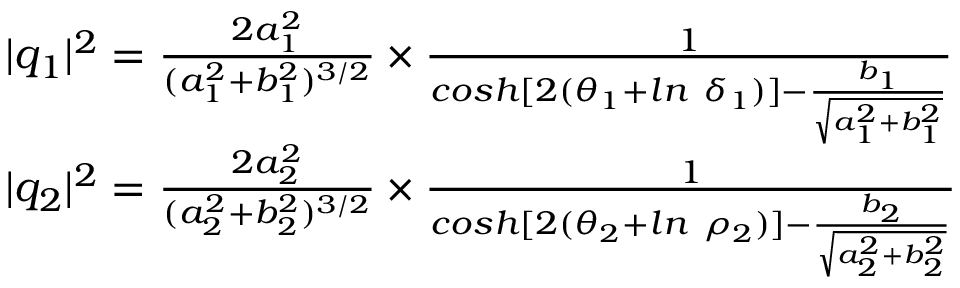
\begin{array} { r l } & { | q _ { 1 } | ^ { 2 } = \frac { 2 a _ { 1 } ^ { 2 } } { ( a _ { 1 } ^ { 2 } + b _ { 1 } ^ { 2 } ) ^ { 3 / 2 } } \times \frac { 1 } { c o s h [ 2 ( \theta _ { 1 } + l n \ \delta _ { 1 } ) ] - \frac { b _ { 1 } } { \sqrt { a _ { 1 } ^ { 2 } + b _ { 1 } ^ { 2 } } } } } \\ & { | q _ { 2 } | ^ { 2 } = \frac { 2 a _ { 2 } ^ { 2 } } { ( a _ { 2 } ^ { 2 } + b _ { 2 } ^ { 2 } ) ^ { 3 / 2 } } \times \frac { 1 } { c o s h [ 2 ( \theta _ { 2 } + l n \ \rho _ { 2 } ) ] - \frac { b _ { 2 } } { \sqrt { a _ { 2 } ^ { 2 } + b _ { 2 } ^ { 2 } } } } } \end{array}